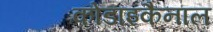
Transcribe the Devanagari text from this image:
कोडाइकैनाल